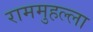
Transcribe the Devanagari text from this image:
राममुहल्ला